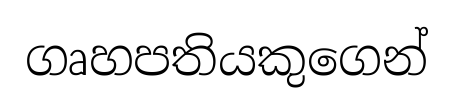
ගෘහපතියකුගෙන්